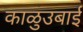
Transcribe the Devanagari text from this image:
काळुउबाई